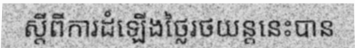
ស្តីពីការដំឡើងថ្លៃរថយន្តនេះបាន